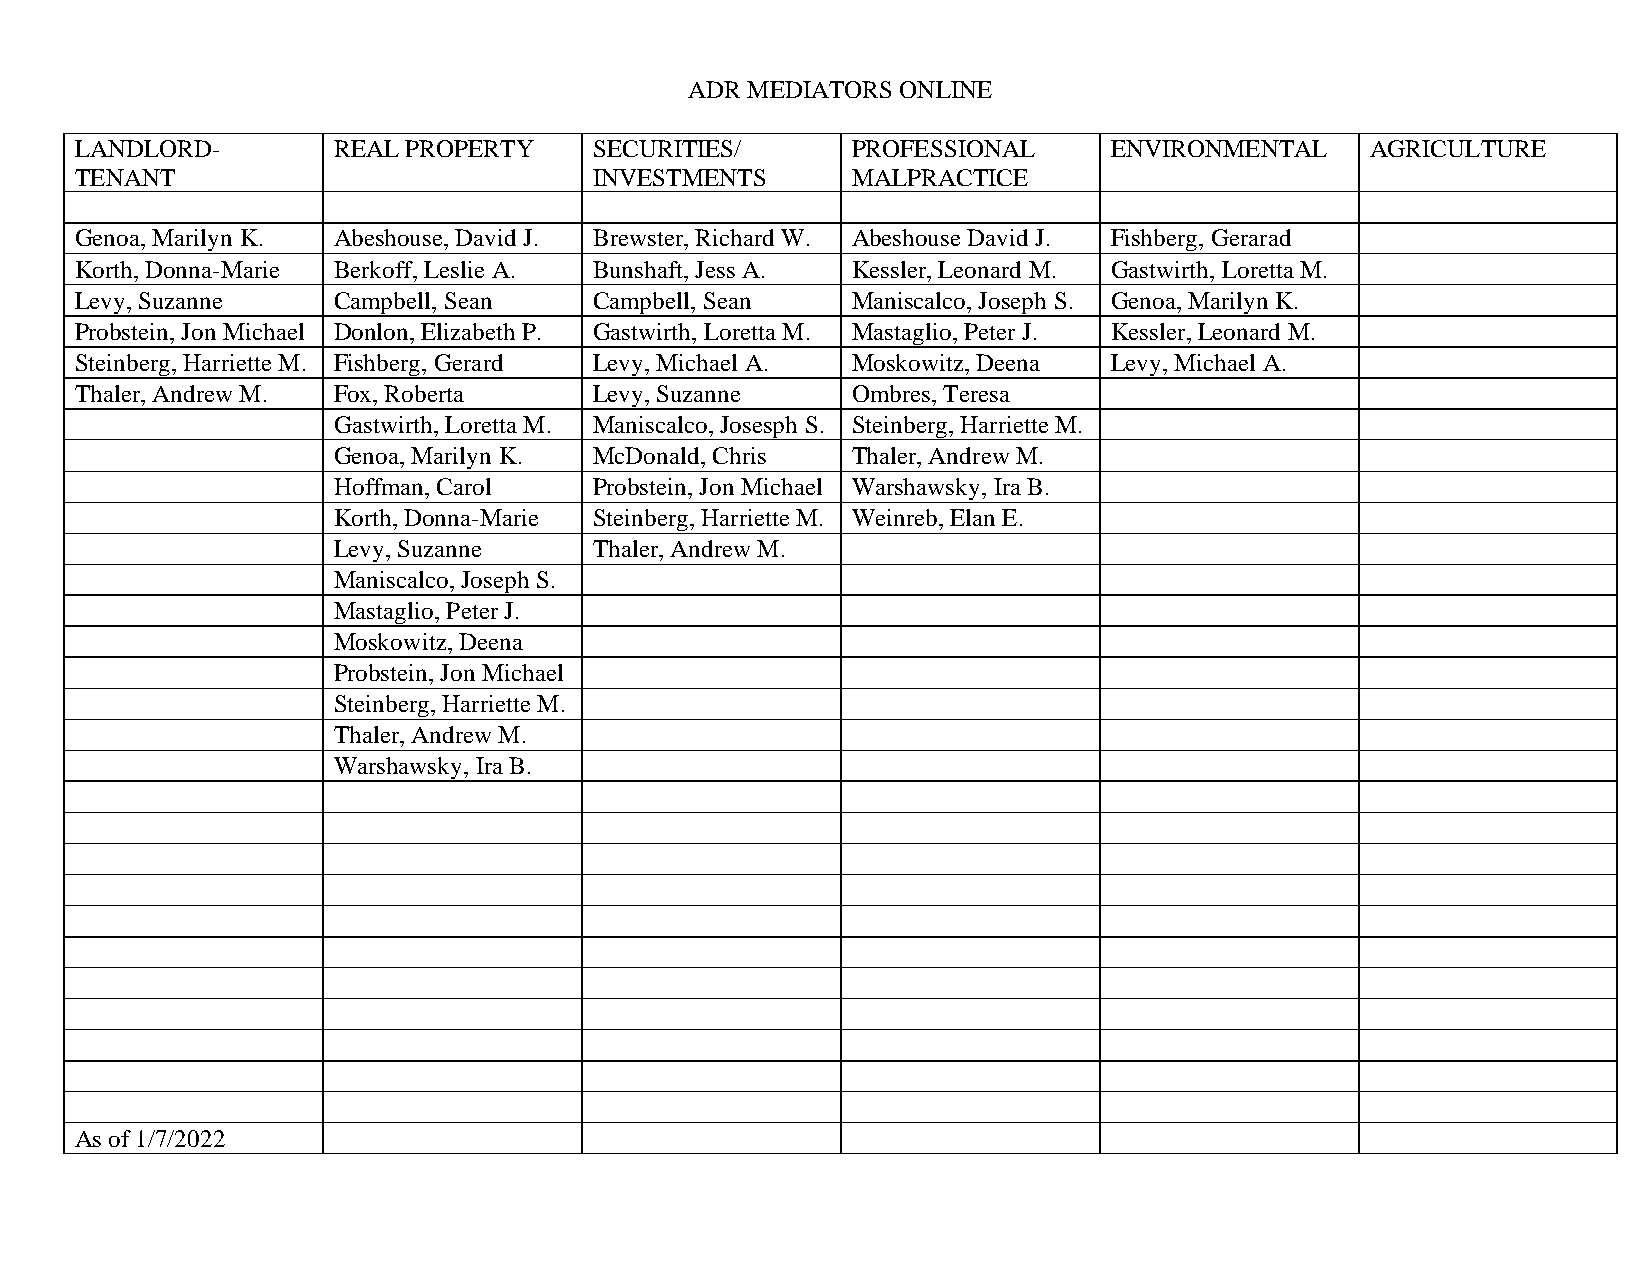
ADR MEDIATORS ONLINE
 LANDLORD-        REAL PROPERTY    SECURITIES/      PROFESSIONAL     ENVIRONMENTAL     AGRICULTURE
 TENANT                            INVESTMENTS      MALPRACTICE
 Genoa, Marilyn K. Abeshouse, David J. Brewster, Richard W. Abeshouse David J. Fishberg, Gerarad
 Korth, Donna-Marie Berkoff, Leslie A. Bunshaft, Jess A. Kessler, Leonard M. Gastwirth, Loretta M.
 Levy, Suzanne    Campbell, Sean   Campbell, Sean   Maniscalco, Joseph S. Genoa, Marilyn K.
 Probstein, Jon Michael Donlon, Elizabeth P. Gastwirth, Loretta M. Mastaglio, Peter J. Kessler, Leonard M.
 Steinberg, Harriette M. Fishberg, Gerard Levy, Michael A. Moskowitz, Deena Levy, Michael A.
 Thaler, Andrew M. Fox, Roberta    Levy, Suzanne    Ombres, Teresa
 Gastwirth, Loretta M. Maniscalco, Josesph S. Steinberg, Harriette M.
 Genoa, Marilyn K. McDonald, Chris Thaler, Andrew M.
 Hoffman, Carol   Probstein, Jon Michael Warshawsky, Ira B.
 Korth, Donna-Marie Steinberg, Harriette M. Weinreb, Elan E.
 Levy, Suzanne    Thaler, Andrew M.
 Maniscalco, Joseph S.
 Mastaglio, Peter J.
 Moskowitz, Deena
 Probstein, Jon Michael
 Steinberg, Harriette M.
 Thaler, Andrew M.
 Warshawsky, Ira B.
 As of 1/7/2022